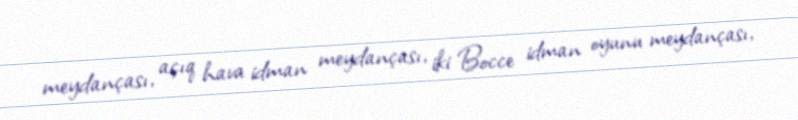
meydançası, açıq hava idman meydançası, iki Bocce idman oyunu meydançası,